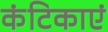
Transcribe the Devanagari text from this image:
कंटिकाएं